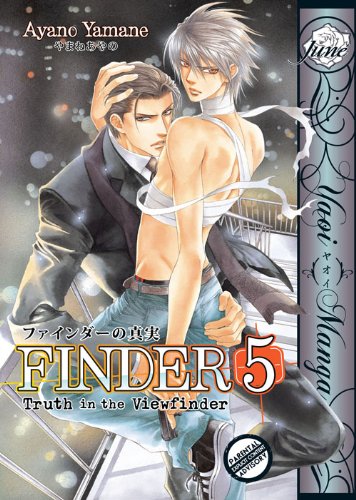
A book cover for Finder Volume 5: Truth in the View Finder (Yaoi) (Finder: Truth in the Viewfinder); Ayano Yamane; Comics & Graphic Novels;